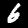
Label: 6